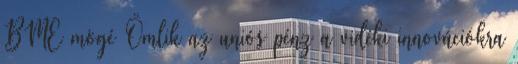
BME mögé Ömlik az uniós pénz a vidéki innovációkra